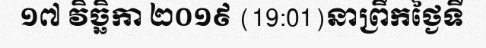
១៧ វិច្ឆិកា ២០១៩ (19:01)នាព្រឹកថ្ងៃទី